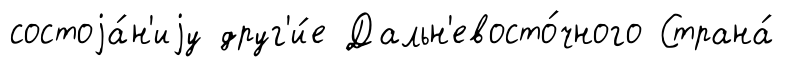
состоjа́н'иjу друг'и́е Дальн'евосто́чного Страна́